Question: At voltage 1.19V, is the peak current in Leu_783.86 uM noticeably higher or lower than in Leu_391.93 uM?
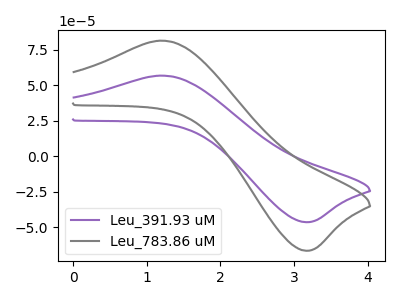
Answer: <think>The purple curve "Leu_391.93 uM" has an anodic peak at (1.20V, 56.80uA) and a cathodic peak at (3.15V, -46.45uA). The gray curve "Leu_783.86 uM" has an anodic peak at (1.20V, 81.45uA) and a cathodic peak at (3.15V, -66.60uA).</think>
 <answer>The peak at 1.19V is higher in "Leu_783.86 uM" than in "Leu_391.93 uM".</answer>
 <eval>higher</eval>